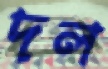
দল